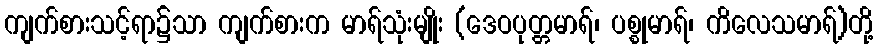
ကျက်စားသင့်ရာ၌သာ ကျက်စားက မာရ်သုံးမျိုး (ဒေဝပုတ္တမာရ်၊ ပစ္စုမာရ်၊ ကိလေသမာရ်)တို့